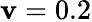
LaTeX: \mathbf{v}=0.2